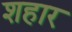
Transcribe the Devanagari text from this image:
शहार